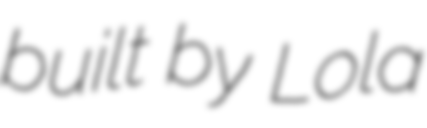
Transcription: built by Lola